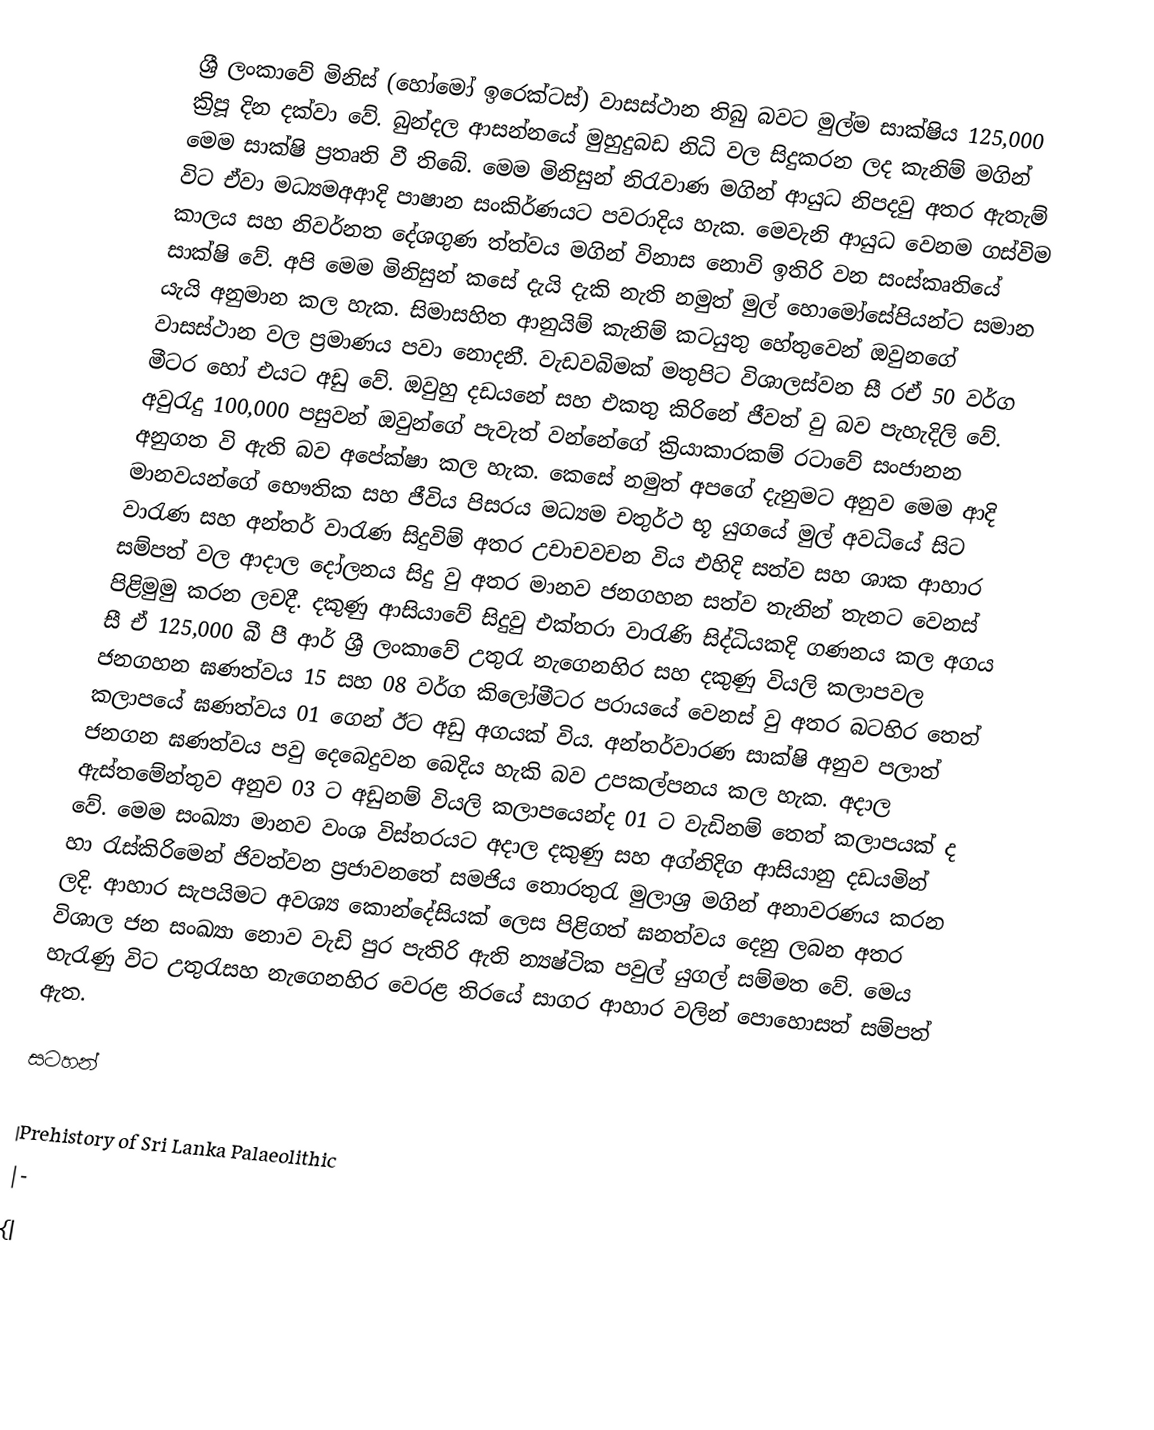
ශ්‍රී ලංකා‍වේ මිනිස් (හෝමෝ ඉරෙක්ටස්) වාසස්ථාන තිබු බවට මුල්ම සාක්ෂිය 125,000 ක්‍රිපූ දින දක්වා වේ. බුන්දල ආසන්නයේ මුහුදුබඩ නිධි වල සිදුකරන ලද කැනිම් මගින් මෙම සාක්ෂි ප්‍රතෘති වී තිබේ. මෙම මිනිසුන් නිරැවාණ මගින් ආයුධ නිපදවු අතර ඇතැම් විට ඒවා මධ්‍යමඅආදි පාෂාන සංකිර්ණයට පවරාදිය හැක. මෙවැනි ආයුධ වෙනම ගස්විම කාලය සහ නිවර්නත දේශගුණ ත්ත්වය මගින් විනාස නොවි ඉතිරි වන සංස්කෘතියේ සාක්ෂි වේ. අපි මෙම මිනිසුන් කසේ දැයි දැකි නැති නමුත් මුල් හොමෝසේපියන්ට සමාන යැයි අනුමාන කල හැක. සිමාසහිත ආනුයිම් කැනිම් කටයුතු හේතුවෙන් ඔවුන‍ගේ වාසස්ථාන වල ප්‍රමාණය පවා නොදනී. වැඩවබිමක් මතුපිට විශාලස්වන සී රඒ 50 වර්ග මීටර හෝ එයට අඩු වේ. ඔවුහු දඩයනේ සහ එකතු කිරිනේ ජීවත් වු බව පැහැදිලි වේ. අවුරැදු 100,000 පසුවන් ඔවුන්ගේ පැවැත් වන්නේගේ ක්‍රියාකාරකම් රටාවේ සංජානන අනුගත වි ඇති බව අපේක්ෂා කල හැක. කෙසේ නමුත් අපගේ දැනුමට අනුව මෙම ආදි මානවයන්ගේ භෞතික සහ ජීවිය පිසරය මධ්‍යම චතුර්ථ භූ යුගයේ මුල් අවධියේ සිට වාරැණ සහ අන්තර් වාරැණ සිදුවිම් අතර උචාචවචන විය එහිදි සත්ව සහ ශාක ආහාර සම්පත් වල ආදාල දෝලනය සිදු වු අතර මානව ජනගහන සත්ව තැනින් තැනට වෙනස් පිළිමුමු කරන ලචදී. දකුණු ආසියාවේ සිදුවු එක්තරා වාරැණි සිද්ධියකදි ගණනය කල අගය සී ඒ 125,000 බී පී ආර් ශ්‍රී ලංකාවේ උතුරැ නැගෙනහිර සහ දකුණු වියලි කලාපවල ජනගහන ඝණත්වය 15 සහ 08 වර්ග කිලෝමීටර පරායයේ වෙනස් වු අතර බටහිර තෙත් කලාපයේ ඝණත්වය 01 ගෙන් ඊට අඩු අගයක් විය. අන්තර්වාරණ සාක්ෂි අනුව පලාත් ජනගන ඝණත්වය පවු දෙබෙදුවන බෙදිය හැකි බව උපකල්පනය කල හැක. අදාල ඇස්තමේන්තුව අනුව 03 ට අඩුනම් වියලි කලාපයෙන්ද 01 ට වැඩිනම් තෙත් කලාපයක් ද වේ. මෙම සංඛ්‍යා මානව වංශ විස්තරයට අදාල දකුණු සහ අග්නිදිග ආසියානු දඩයමින් හා රැස්කිරිමෙන් ජිවත්වන ප්‍රජාවනතේ සමජිය තොරතුරැ මුලාශ්‍ර මගින් අනාවරණය කරන ලදි. ආහාර සැපයිමට අවශ්‍ය කොන්දේසියක් ලෙස පිළිගත් ඝනත්වය දෙනු ලබන අතර විශාල ජන සංඛ්‍යා නොව වැඩි පුර පැතිරි ඇති න්‍යෂ්ටික පවුල් යුගල් සම්මත වේ. මෙය හැරැණු විට උතුරැසහ නැගෙනහිර වෙරළ තිරයේ සාගර ආහාර වලින් පොහොසත් සම්පත් ඇත.

සටහන්

|Prehistory of Sri Lanka Palaeolithic
|-
{|